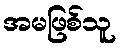
အမဖြစ်သူ